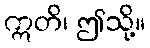
ဣတိ၊ ဤသို့။